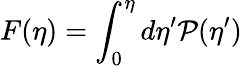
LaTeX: F(\eta)=\int_{0}^{\eta}d\eta^{\prime}\mathcal{P}(\eta^{\prime})